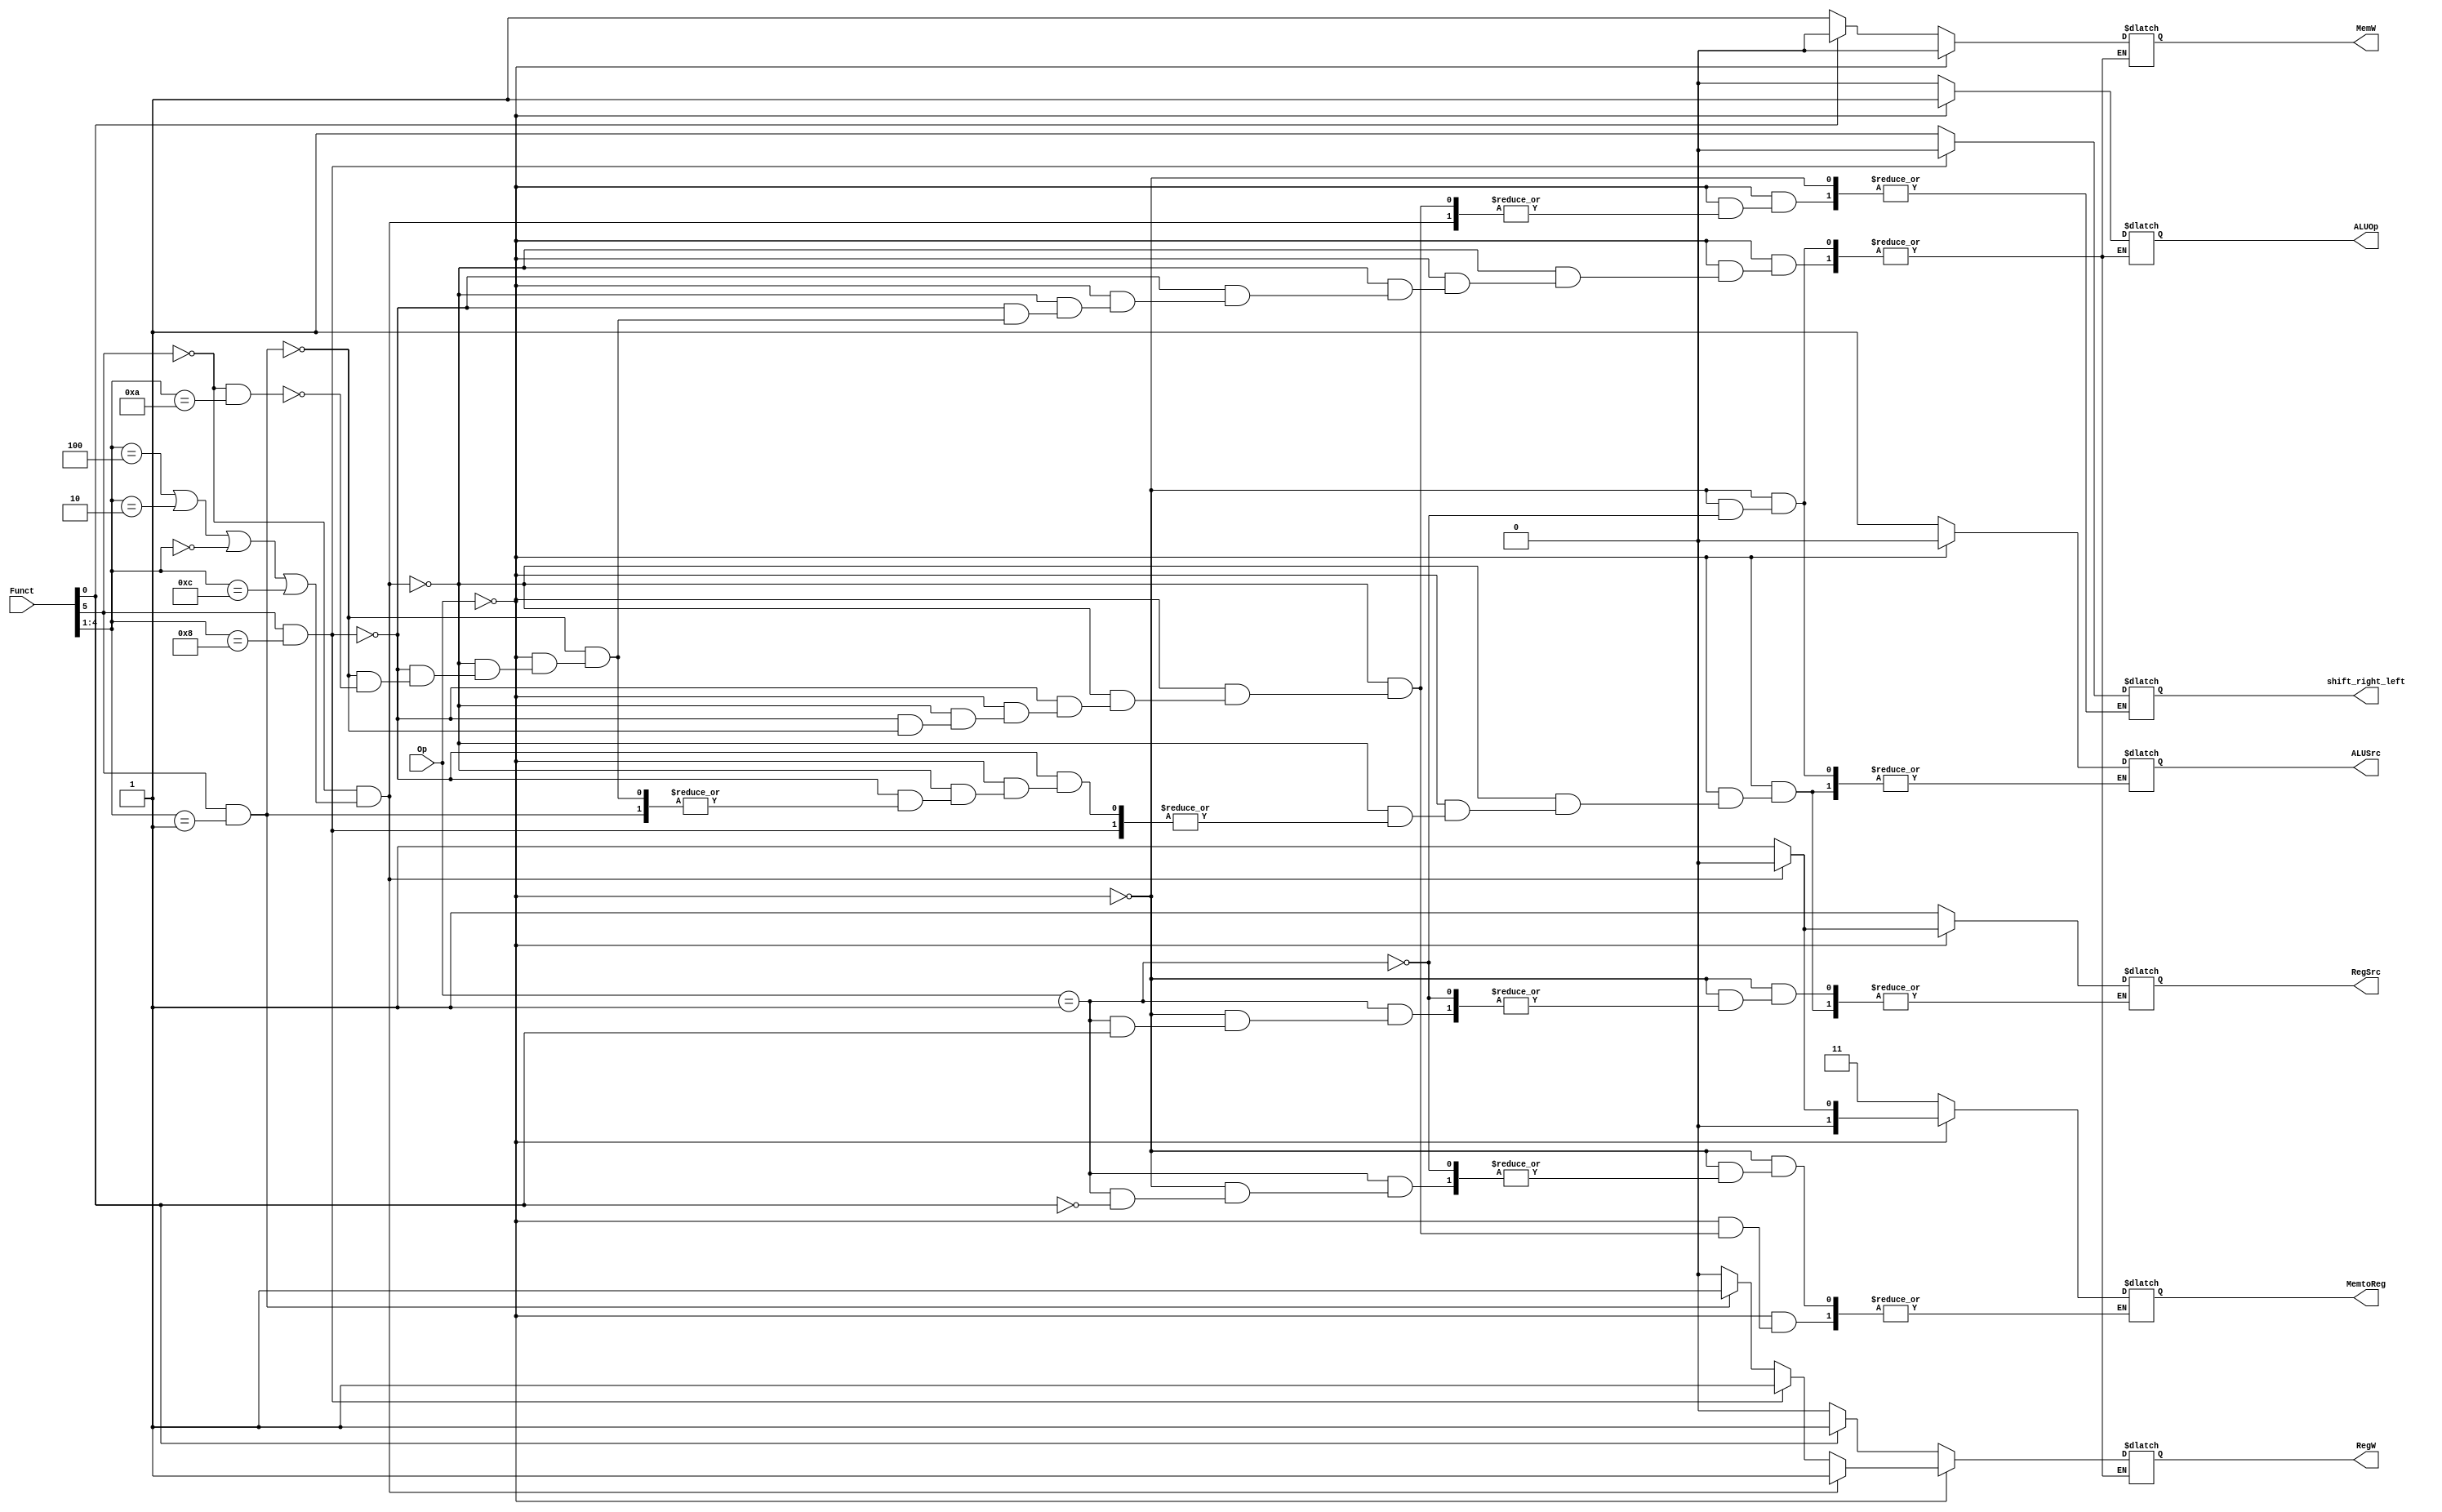
module Main_Decoder(Funct,Op,RegW,MemW,MemtoReg,ALUSrc,RegSrc,ALUOp,shift_right_left);

input [5:0] Funct; 
input [1:0] Op; 
output reg [1:0] MemtoReg; 
output reg RegW, MemW, RegSrc, ALUSrc, ALUOp, shift_right_left; 

always @(Funct,Op)
begin 
	if (Op == 2'b00) // if it's a data-processing instruction 
		begin 
			if (Funct[5] == 0 && (Funct[4:1] == 4'b0100 || Funct[4:1] == 4'b0010 || Funct[4:1] == 4'b0000 || Funct[4:1] == 4'b1100))
			// if it's ADD or SUB or AND or ORR instruction 
				begin 
				MemtoReg = 2'b00; 
				MemW = 0; 
				ALUSrc = 0; 
				RegW = 1;
				RegSrc = 0; 
				ALUOp = 1; 
				end 
			else if (Funct[5] == 1 && Funct[4:1] == 4'b1000) // if it's LSL instruction 
				begin 
				MemtoReg = 2'b01; 
				MemW = 0;  
				RegW = 1; 
				ALUOp = 1; 
				shift_right_left = 0; 
				end 
			else if (Funct[5] == 1 && Funct[4:1] == 4'b0001) // if it's LSR instruction
				begin 
				MemtoReg = 2'b01; 
				MemW = 0;  
				RegW = 1;    
				ALUOp = 1; 
				shift_right_left = 1; 			 
				end 
			else if (Funct[5] == 0 && Funct[4:1] == 4'b1010) // if it's CMP instruction 
				begin 
				MemW = 0; 
				ALUSrc = 0; 
				RegW = 0; 
				RegSrc = 1;   
				ALUOp = 1; 
				end 
		end 
	else if (Op == 2'b01) // if it's a memory instruction 
		begin 
			if (Funct[0] == 1) // if it's LDR instruction 
				begin
				MemtoReg = 2'b11;  
				MemW = 0; 
				ALUSrc = 1; 
				RegW = 1;  
				ALUOp = 0; 
				end 
			else if (Funct[0] == 0) // if it's STR instruction 
				begin 
				MemW = 1; 
				ALUSrc = 1; 
				RegW = 0; 
				RegSrc = 1; 
				ALUOp = 0; 
				end 
		end 									
end 
endmodule